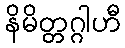
နိမိတ္တဂ္ဂါဟီ